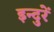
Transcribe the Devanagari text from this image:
इन्दुरें